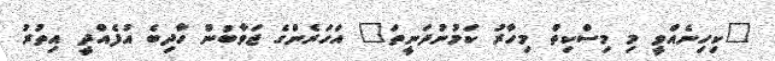
"ކިހިނެއްވީ މި މިސްކިތް މިހާރު ކަމުނުދަނީތަ" އަހަރެންގެ ޖަވާބުން ހާދިބެ އުފެއްދީ އިތުރު